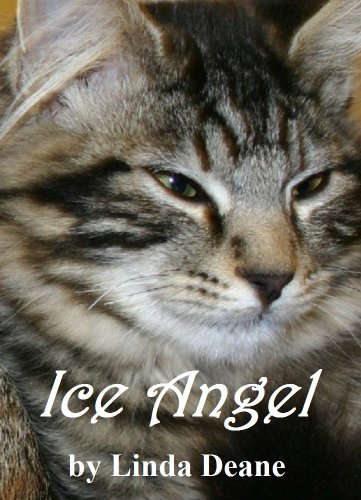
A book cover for Ice Angel: An Ancient Feline Fantasy (Angel Cats Book 1); Linda Deane; Teen & Young Adult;